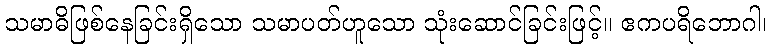
သမာဓိဖြစ်နေခြင်းရှိသော သမာပတ်ဟူသော သုံးဆောင်ခြင်းဖြင့်။ ဧကပရိဘောဂါ၊